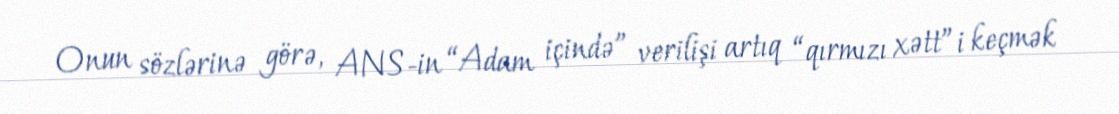
Onun sözlərinə görə, ANS-in “Adam içində” verilişi artıq “qırmızı xətt”i keçmək